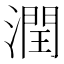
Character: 潤